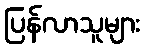
ပြန်လာသူများ